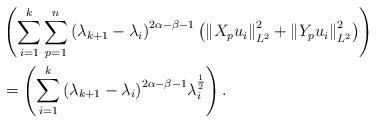
LaTeX: \begin{align*}&\left( {\sum\limits_{i = 1}^k {\sum\limits_{p = 1}^n {{{({\lambda_{k + 1}} - {\lambda _i})}^{2\alpha - \beta - 1}}\left( {\left\|{{X_p}{u_i}} \right\|_{{L^2}}^2 + \left\| {{Y_p}{u_i}}\right\|_{{L^2}}^2} \right)} } } \right)\\&= \left( {\sum\limits_{i = 1}^k {{{({\lambda _{k + 1}} - {\lambda_i})}^{2\alpha - \beta - 1}}\lambda _i^{\frac{1}{2}}} }\right).\end{align*}